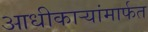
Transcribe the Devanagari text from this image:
आधीकार्‍यांमार्फत